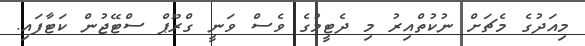
މިއަދުގެ މެޗަށް ނުކުތްއިރު މި ދެޓީމުގެ ވެސް ވަނީ ގްރޫޕް ސްޓޭޖުން ކަޓާފައި.